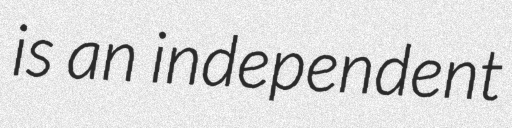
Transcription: is an independent